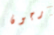
أرجون